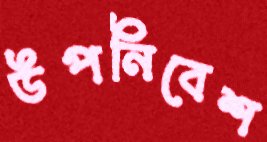
উপনিবেশ